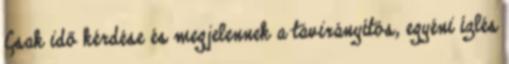
Csak idő kérdése és megjelennek a távirányítós, egyéni ízlés